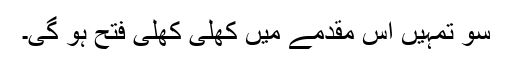
سو تمہیں اس مقدمے میں کھلی کھلی فتح ہو گی۔